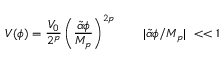
V ( \phi ) = { \frac { V _ { 0 } } { 2 ^ { p } } } \left( \frac { \tilde { \alpha } \phi } { M _ { p } } \right) ^ { 2 p } ~ ~ ~ ~ ~ ~ | \tilde { \alpha } \phi / M _ { p } | ~ < < 1